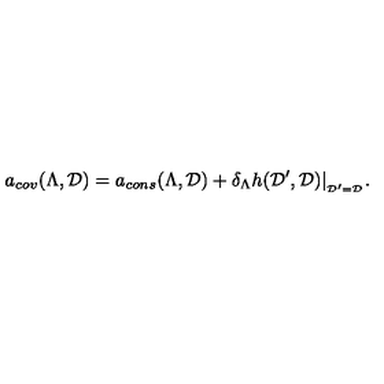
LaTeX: a _ { c o v } ( \Lambda , { \cal D } ) = a _ { c o n s } ( \Lambda , { \cal D } ) + \delta _ { \Lambda } h ( { \cal D } ^ { \prime } , { \cal D } ) | _ { _ { { \cal D } ^ { \prime } = { \cal D } } } .